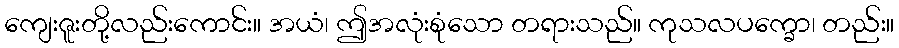
ကျေးဇူးတို့လည်းကောင်း။ အယံ၊ ဤအလုံးစုံသော တရားသည်။ ကုသလပက္ခော၊ တည်း။